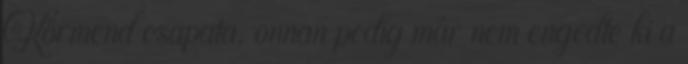
Körmend csapata, onnan pedig már nem engedte ki a